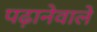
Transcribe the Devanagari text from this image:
पढ़ानेवाले